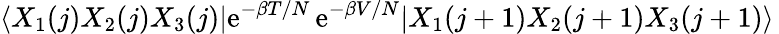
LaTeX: \langle X_{1}(j)X_{2}(j)X_{3}(j)|\mathrm{e}^{-\beta T/N}\, \mathrm{e}^{-\beta V/N}|X_{1}(j+1)X_{2}(j+1)X_{3}(j+1)\rangle\,